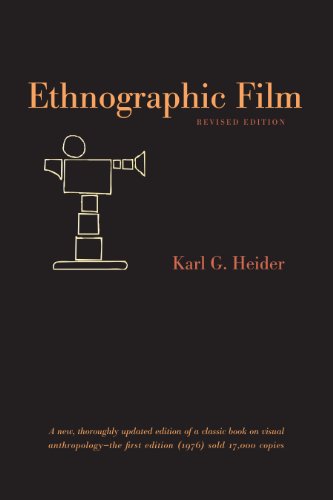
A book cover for Ethnographic Film: Revised Edition; Karl G. Heider; Humor & Entertainment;